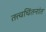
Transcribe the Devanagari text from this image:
तत्त्वचिंतनांत